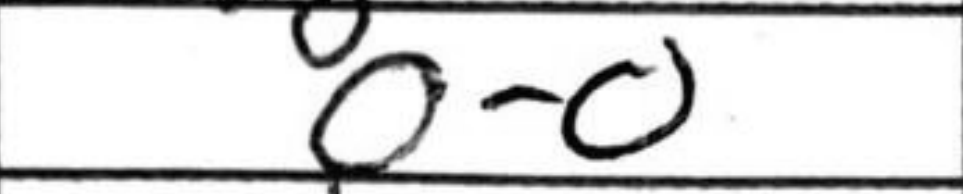
Transcription: O-O